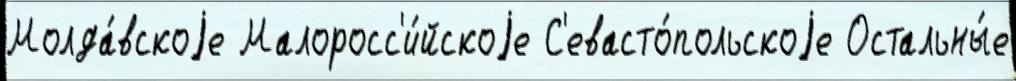
Молда́вскоjе Малоросс'и́йскоjе С'евасто́польскоjе Остальны́е